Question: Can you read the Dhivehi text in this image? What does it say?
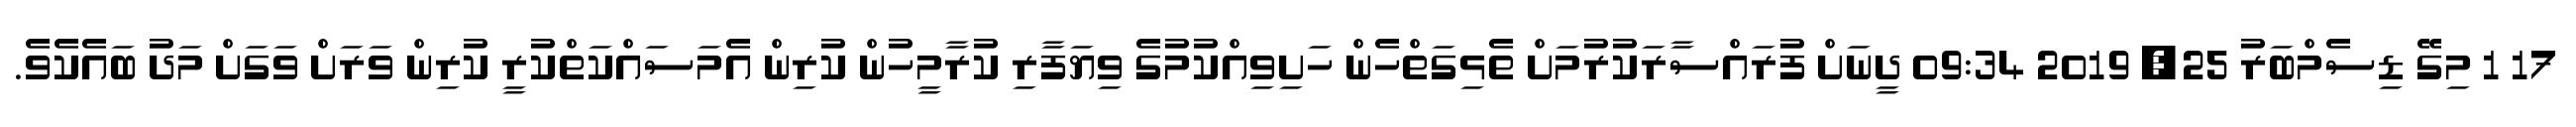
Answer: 17 1 މިގޭ ޑިސެމްބަރު 25, 2019 09:34 ދީނަށް ފުރައްސާރަކުރުމަށް ތެޅިގަތްހެން ހަށިވިއްކުމުގެ ވިޔަފާރި ކުރާމީހުން ކުރިން އެމަސައްކަތްކުރީ ކުރިން ވަރަށް ވަގަށް މަދު ބައެކެވެ.